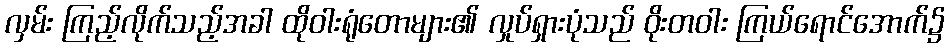
လှမ်း ကြည့်လိုက်သည့်အခါ ထိုဝါးရုံတောများ၏ လှုပ်ရှားပုံသည် ဝိုးတဝါး ကြယ်ရောင်အောက်၌